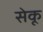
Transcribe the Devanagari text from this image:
सेकू